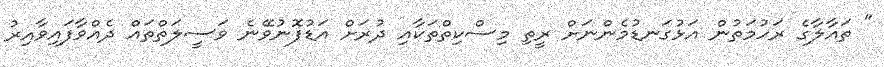
" ތައާލާގެ ރަހުމަތުން އަޅުގަނޑުމެންނަށް ރީތި މިސްކިތްތަކާއި ދުރަށް އަޑުފޮނުވޭނެ ވަސީލަތްތައް ދެއްވާފައިވާއިރު